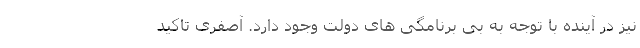
نیز در آینده با توجه به بی برنامگی های دولت وجود دارد. آصفری تاکید